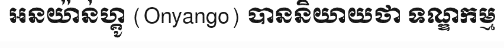
អនយ៉ាន់ហ្គូ (Onyango) បាននិយាយថា ទណ្ឌកម្ម